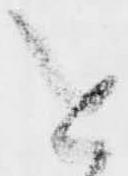
と